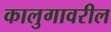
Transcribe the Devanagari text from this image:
कालुगावरील